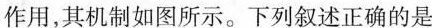
作用，其机制如图所示。下列叙述正确的是